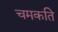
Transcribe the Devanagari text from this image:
चमकति